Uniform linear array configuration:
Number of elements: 64
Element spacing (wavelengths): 0.75
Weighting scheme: hann
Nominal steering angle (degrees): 15
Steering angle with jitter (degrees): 13.791
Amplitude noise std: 0.05
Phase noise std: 0.05

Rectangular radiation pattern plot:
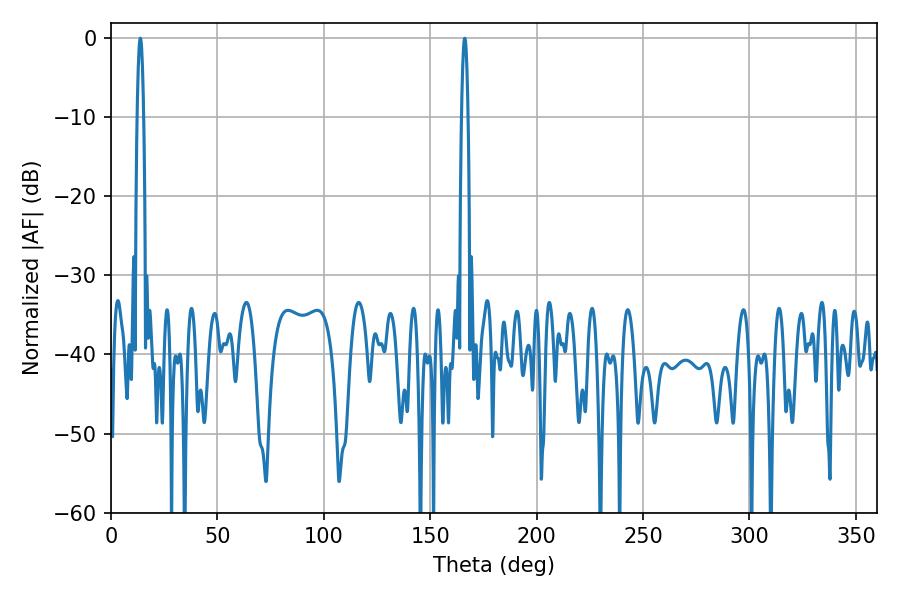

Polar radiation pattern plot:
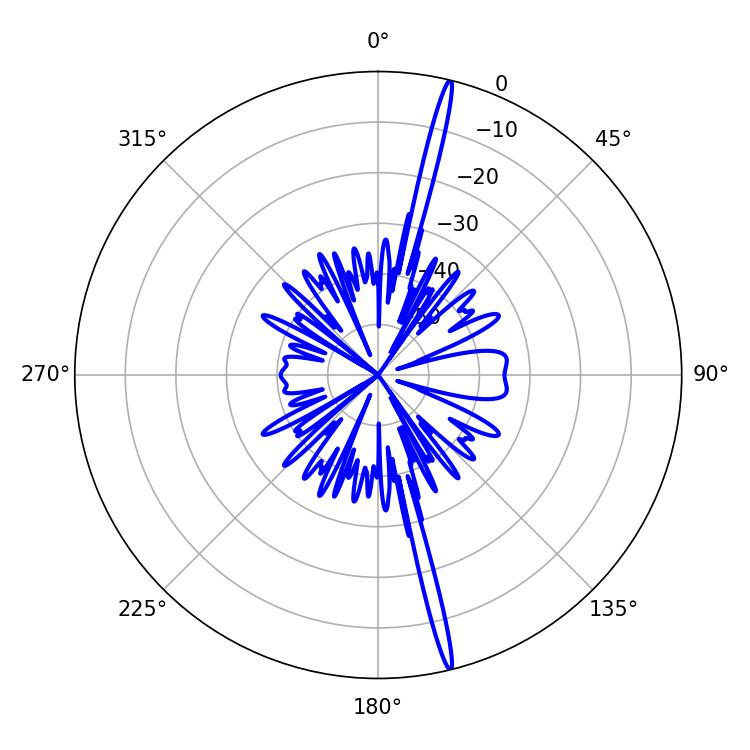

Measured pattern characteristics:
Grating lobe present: TRUE
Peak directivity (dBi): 21.051
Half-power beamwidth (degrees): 1.62
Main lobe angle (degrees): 166.14